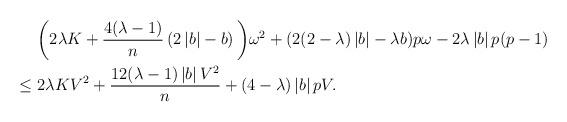
LaTeX: \begin{align*}&\bigg(2\lambda K+\frac{4(\lambda-1)}{n}\left(2\left\vert b\right\vert-b\right)\bigg)\omega^{2}+(2(2-\lambda)\left\vert b \right\vert-\lambda b)p\omega-2\lambda\left\vert b\right\vert p(p-1)\\ \leq \,\, & 2\lambda KV^{2}+\frac{12(\lambda-1)\left\vert b\right\vert V^{2}}{n}+(4-\lambda)\left\vert b\right\vert pV.\end{align*}